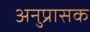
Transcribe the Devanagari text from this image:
अनुप्रासक